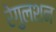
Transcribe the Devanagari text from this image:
रेगुलशन